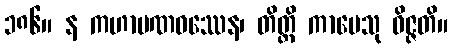
၁၈၆။ န ကဟာပဏဝဿေန၊ တိတ္တိ ကာမေသု ဝိဇ္ဇတိ။